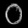
Digit: ၀